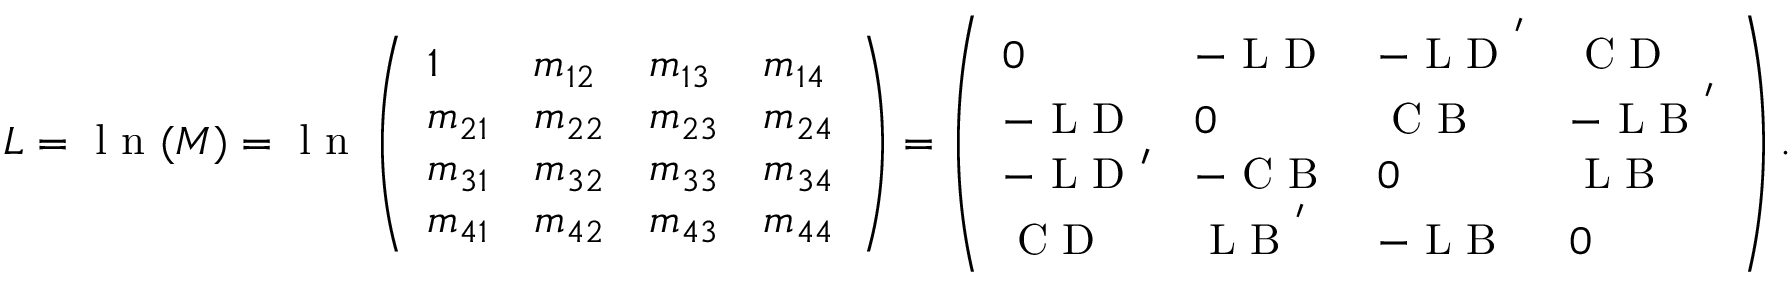
L = \textrm { l n } ( M ) = \textrm { l n } \left( \begin{array} { l l l l } { 1 } & { m _ { 1 2 } } & { m _ { 1 3 } } & { m _ { 1 4 } } \\ { m _ { 2 1 } } & { m _ { 2 2 } } & { m _ { 2 3 } } & { m _ { 2 4 } } \\ { m _ { 3 1 } } & { m _ { 3 2 } } & { m _ { 3 3 } } & { m _ { 3 4 } } \\ { m _ { 4 1 } } & { m _ { 4 2 } } & { m _ { 4 3 } } & { m _ { 4 4 } } \end{array} \right) = \left( \begin{array} { l l l l } { 0 } & { - \textrm { L D } } & { - \textrm { L D } ^ { ' } } & { \textrm { C D } } \\ { - \textrm { L D } } & { 0 } & { \textrm { C B } } & { - \textrm { L B } ^ { ' } } \\ { - \textrm { L D } ^ { \prime } } & { - \textrm { C B } } & { 0 } & { \textrm { L B } } \\ { \textrm { C D } } & { \textrm { L B } ^ { ' } } & { - \textrm { L B } } & { 0 } \end{array} \right) .